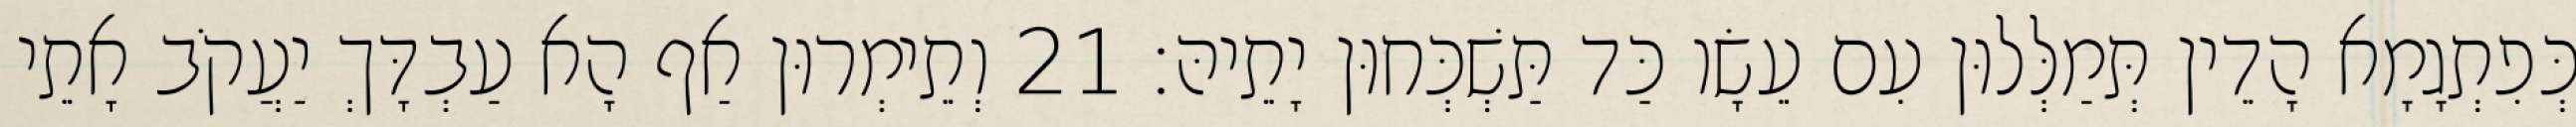
כְּפִתְגָמָא הָדֵין תְּמַלְּלוּן עִם עֵשָׂו כַּד תַּשְׁכְּחוּן יָתֵיהּ׃ 21 וְתֵימְרוּן אַף הָא עַבְדָּךְ יַעֲקֹב אָתֵי